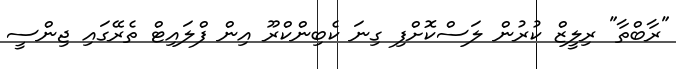
"ރާބްތާ" ރިލީޒް ކުރުން ލަސްކޮށްފި ގިނަ ކެބިންކްރޫ އިން ފްލައިޓް ތެރޭގައި ޖިންސީ